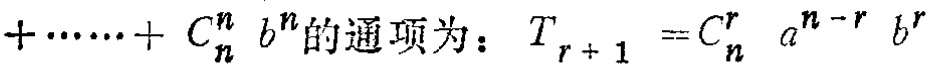
\(\cdots + C_{n}^{n}b^{n}\)的通项为：\(T_{r + 1} = C_{n}^{r}a^{n - r}b^{r}\)